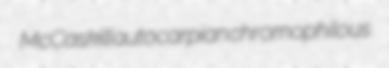
McCaskill autocarpian chromophilous